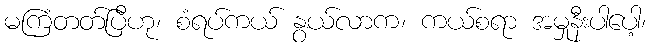
မကြံတတ်ပြီဟု၊ စံရပ်ကယ် နွယ်လာက၊ ကယ်စရာ အမှုနီးပါပေါ့၊